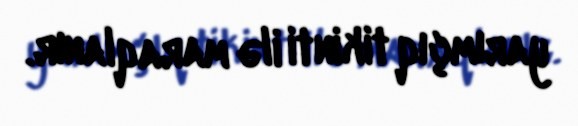
yarımçıq tikinti ilə maraqlanır.